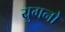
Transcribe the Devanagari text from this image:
युगनो